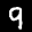
Label: 9